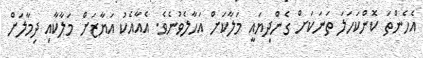
އެހެންތަ ކޮންކަހަލަ ތަނަކަށް ގެންދިޔައީ މަލާކަށް އަހާލެވުނެވެ. އެއާއެކު އަޔާޒަށް މަލާކާއި ދިމާލަށް